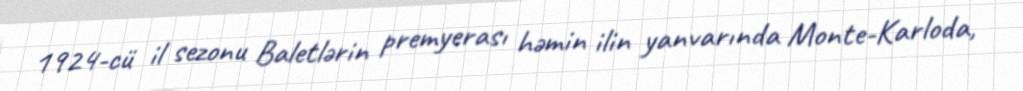
1924-cü il sezonu Baletlərin premyerası həmin ilin yanvarında Monte-Karloda,